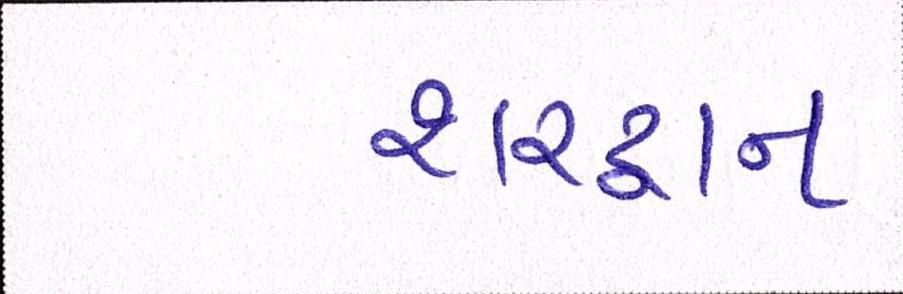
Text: શરદ્વાન